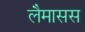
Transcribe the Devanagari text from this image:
लैमासस